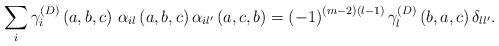
LaTeX: \begin{align*}\sum_{i}\gamma _{i}^{\left( D\right) }\left( a,b,c\right) \,\alpha_{il}\left( a,b,c\right) \alpha _{il^{\prime }}\left( a,c,b\right) =\left(-1\right) ^{\left( m-2\right) \left( l-1\right) }\gamma _{l}^{\left(D\right) }\left( b,a,c\right) \delta _{ll^{\prime }}. \end{align*}